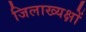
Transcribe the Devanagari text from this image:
जिलाख्यक्षों